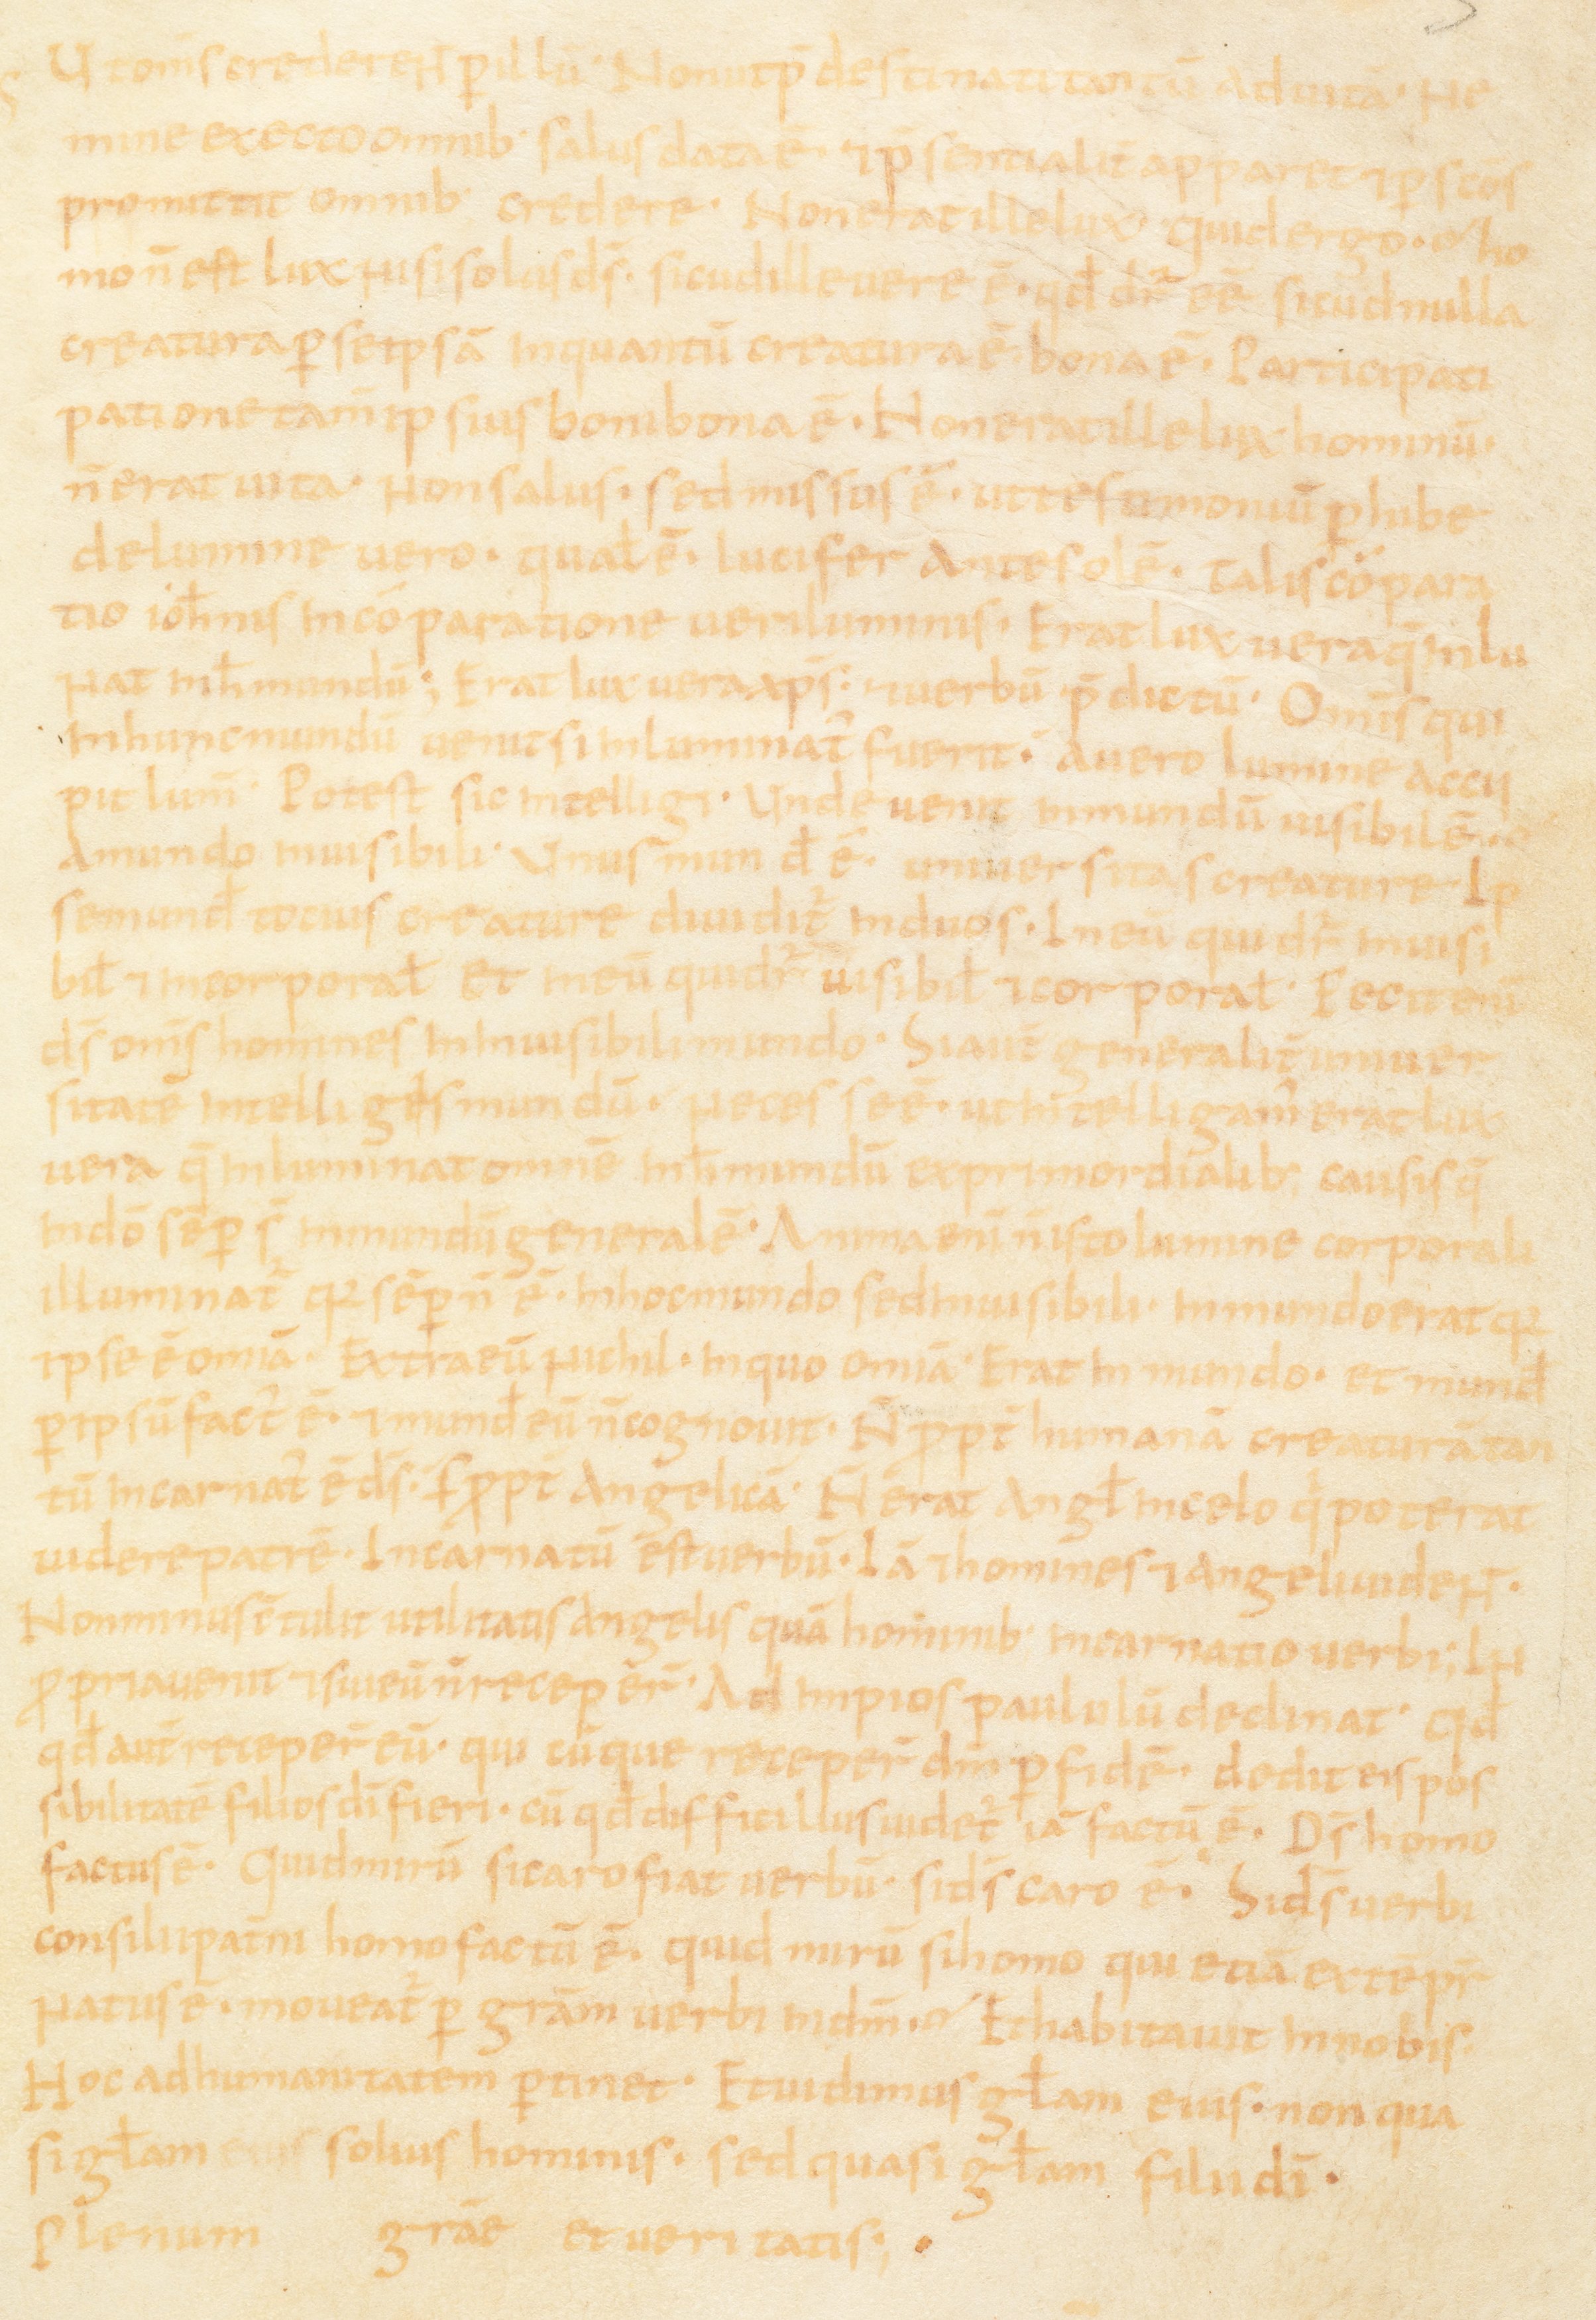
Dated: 867–949